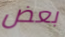
بعض